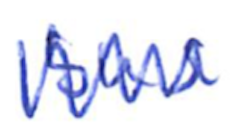
Text: bus
Cross-out: zig-zag
Writing tool: ballpoint